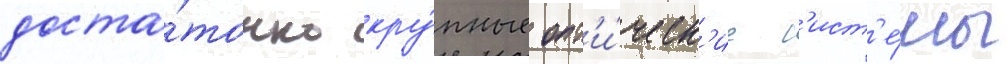
доста́точно кру́пные опт'и́ческ'ие с'ист'е́мы